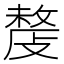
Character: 𢿍